Eesti_Rahvusfond, lk 22
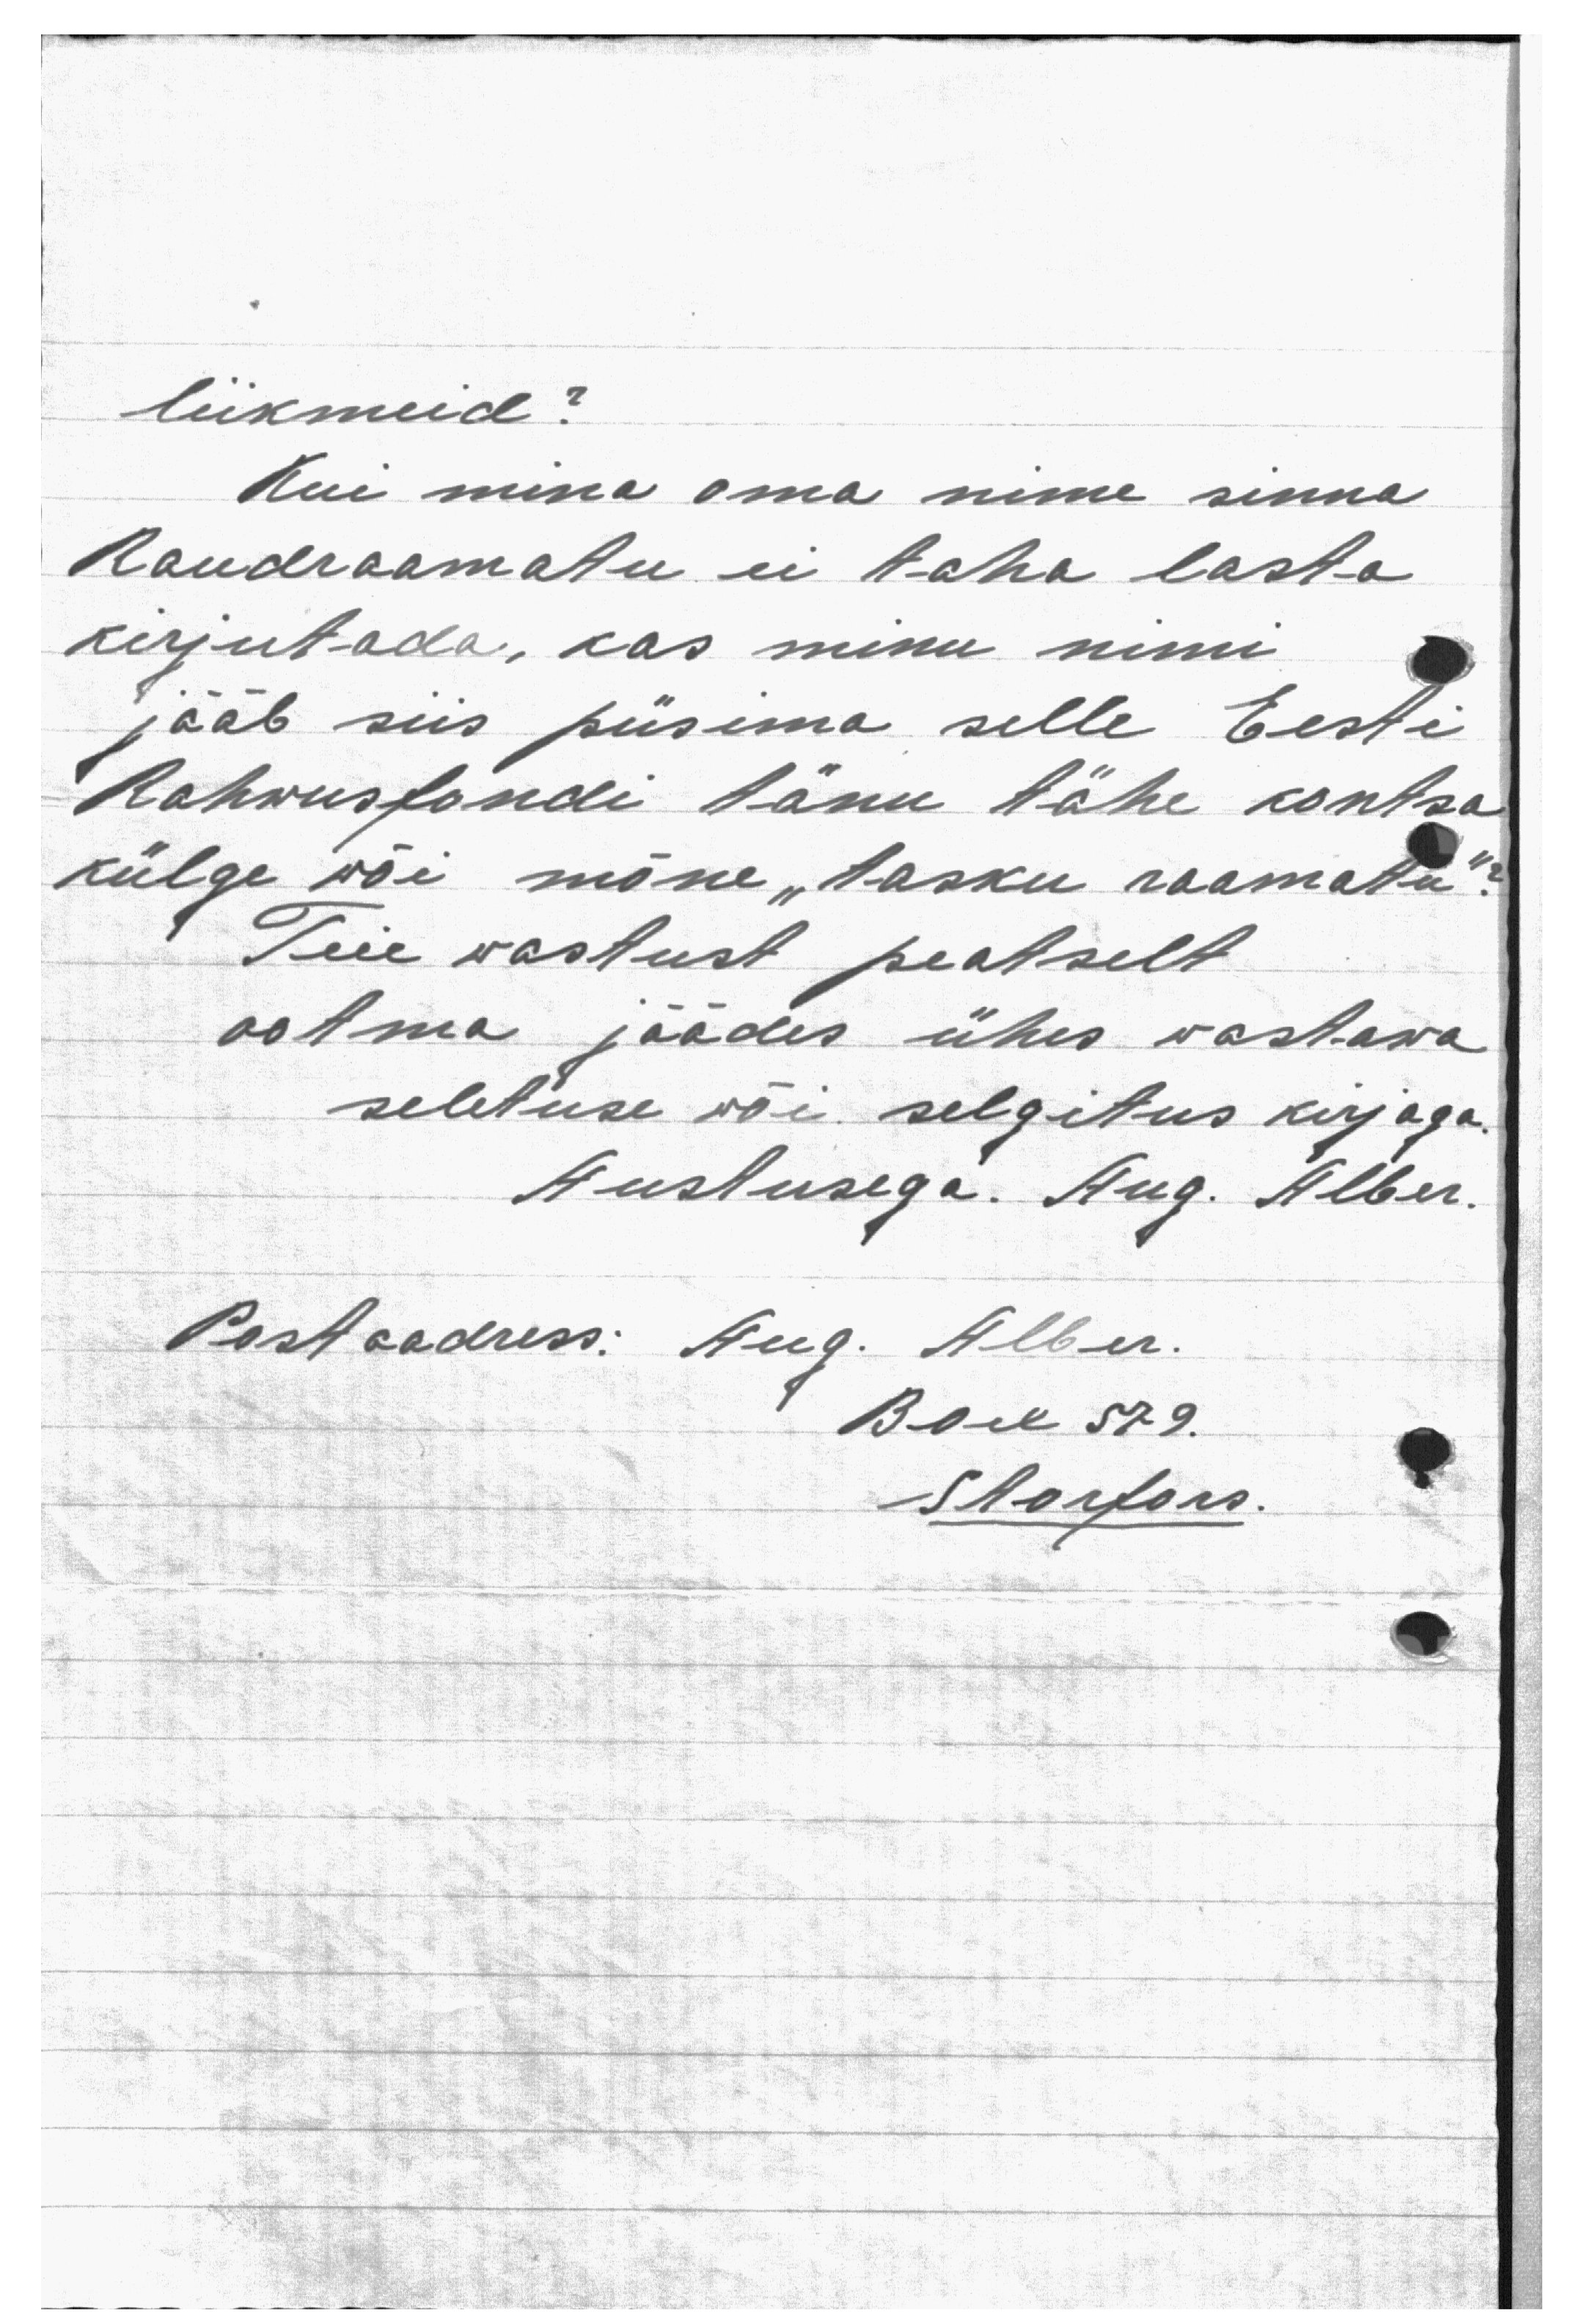
liikmeid?
Kui mina oma nime sinna
Raudraamatu ei taha lasta
kirjutada, kas minu nimi
jääb siis püsima selle Eesti
Rahwusfondi tänu tähe kontsa
külge wõi mõne "tasku raamatu"?
Teie vastust peatselt
ootma jäädes ühes vastawa
seletuse või selgitus kirjaga.
Austusega. Aug. Alber.
Post aadress: Aug. Alber.
Box 579.
Storfors